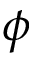
\phi